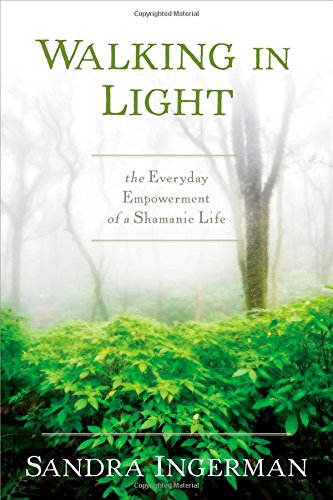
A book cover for Walking in Light: The Everyday Empowerment of a Shamanic Life; Sandra Ingerman; Religion & Spirituality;